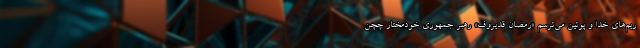
ریم‌های خدا و پوتین می‌ترسم «رمضان قدیروف» رهبر جمهوری خودمختار چچن